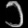
Digit: ၁